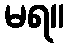
မရ။